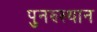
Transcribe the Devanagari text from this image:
पुनरुस्थान